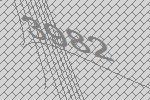
3982